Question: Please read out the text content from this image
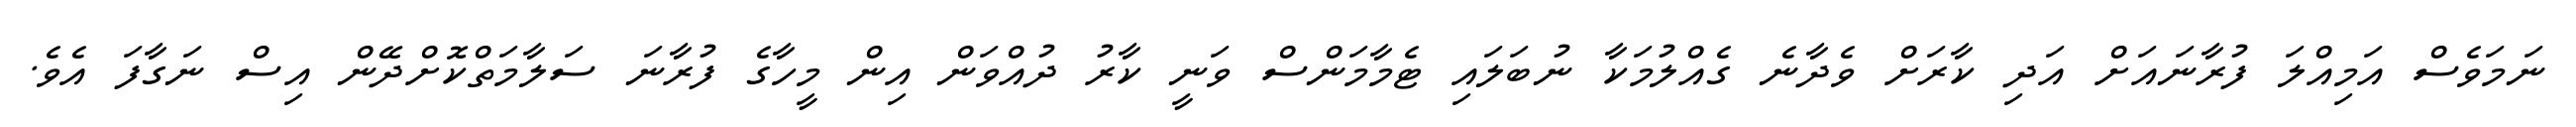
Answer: ނަމަވެސް އަމިއްލަ ފުރާނައަށް އަދި ކާރަށް ވެދާނެ ގެއްލުމަކާ ނުބަލައި ޓެމާމަންސް ވަނީ ކާރު ދުއްވަން އިން މީހާގެ ފުރާނަ ސަލާމަތްކޮށްދޭން އިސް ނަގާފަ އެވެ.